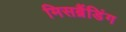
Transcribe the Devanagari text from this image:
मिसब्रैंडिंग